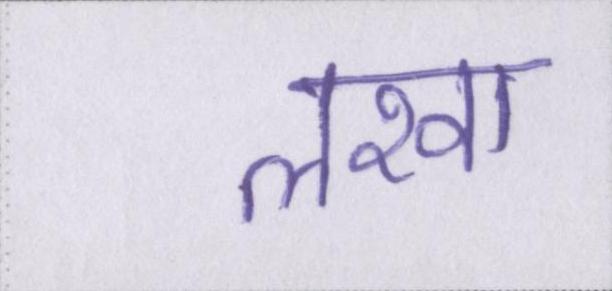
लखा